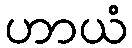
ဟာယံ